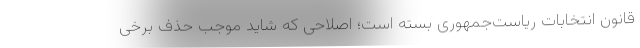
قانون انتخابات ریاست‌جمهوری بسته است؛ اصلاحی که شاید موجب حذف برخی